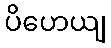
ပိဟေယျ